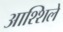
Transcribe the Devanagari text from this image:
आश्शिले